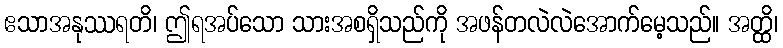
ဧသာအနုဿရတိ၊ ဤရအပ်သော သားအစရှိသည်ကို အဖန်တလဲလဲအောက်မေ့သည်။ အတ္ထိ၊